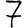
Digit: 7